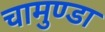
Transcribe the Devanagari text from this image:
चामुण्‍डा